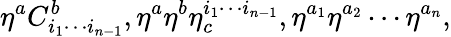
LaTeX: \eta^{a}C_{i_{1}\cdots i_{n-1}}^{b},\eta^{a}\eta^{b}\eta_{c}^{i_{1}\cdots i_{n-1}},\eta^{a_{1}}\eta^{a_{2}}\cdots\eta^{a_{n}},